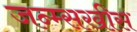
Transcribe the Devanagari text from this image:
जन्म्सखीस